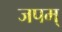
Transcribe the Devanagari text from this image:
जपम्